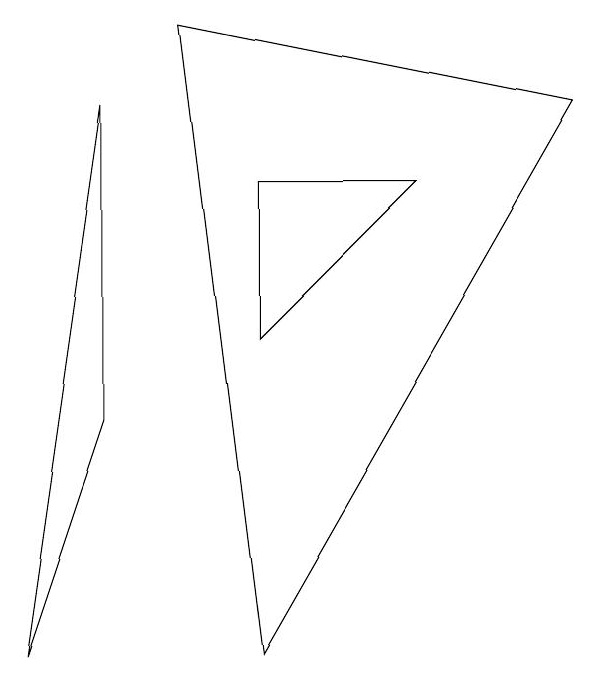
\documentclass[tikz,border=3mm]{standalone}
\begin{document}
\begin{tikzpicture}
\draw (7,7) -- (2,8) -- (3,0) -- cycle;
\draw (1,7) -- (1,3) -- (0,0) -- cycle;
\draw (5,6) -- (3,6) -- (3,4) -- cycle;
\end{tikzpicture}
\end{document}